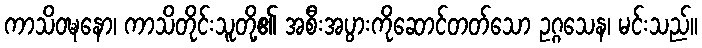
ကာသိဝဍ္ဎနော၊ ကာသိတိုင်းသူတို့၏ အစီးအပွားကိုဆောင်တတ်သော ဥဂ္ဂသေန၊ မင်းသည်။